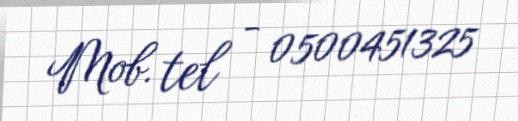
Mob. tel - 0500451325